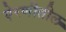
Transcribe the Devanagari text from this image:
ऐरणीतील